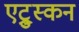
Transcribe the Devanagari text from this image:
एट्रुस्कन